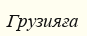
Грузияға